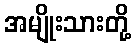
အမျိုးသားတို့